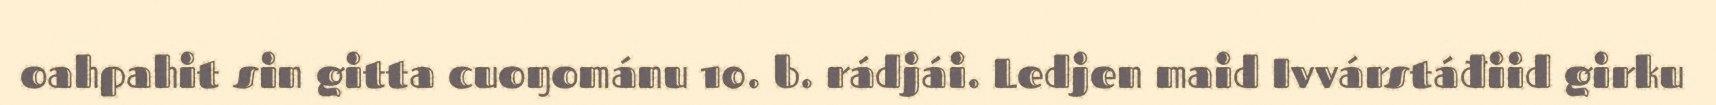
oahpahit sin gitta cuoŋománu 10. b. rádjái. Ledjen maid Ivvárstáđiid girku